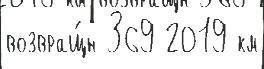
возвращ́н 369 2019 км